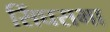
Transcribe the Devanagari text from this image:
सिंघसभा